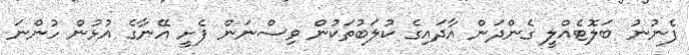
ފެނުނު ބަލޮޓެއްލީ ގެންދަން އާދައިގެ ކުލަބުތަކުން ވިސްނަން ފެށީ އޭނާގެ އުޅުން ހުންނަ